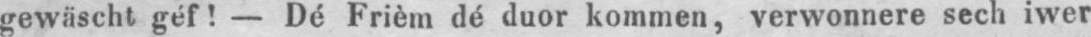
gewäscht géf! - Dé Frièm dé duor kommen, verwonnere sech iwer